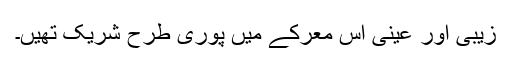
زیبی اور عینی اس معرکے میں پوری طرح شریک تھیں۔